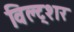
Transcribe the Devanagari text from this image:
विल्ट्शर